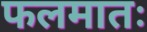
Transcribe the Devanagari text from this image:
फलमातः